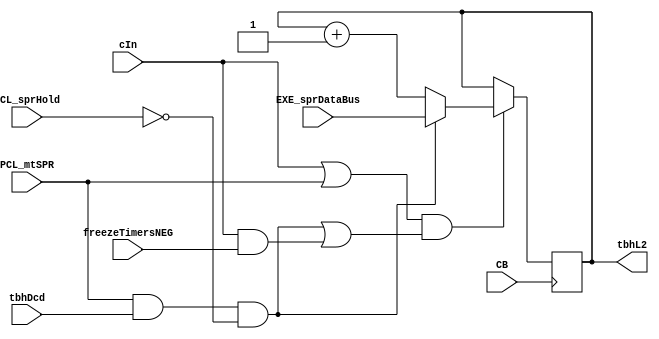
// 
// ************************************************************************** 
// 
//  Copyright (c) International Business Machines Corporation, 2005. 
// 
//  This file contains trade secrets and other proprietary and confidential 
//  information of International Business Machines Corporation which are 
//  protected by copyright and other intellectual property rights and shall 
//  not be reproduced, transferred to other documents, disclosed to others, 
//  or used for any purpose except as specifically authorized in writing by 
//  International Business Machines Corporation. This notice must be 
//  contained as part of this text at all times. 
// 
// ************************************************************************** 
//

module p405s_timerTbh( 
                      tbhL2, 
                      CB, 
                      EXE_sprDataBus, 
                      PCL_mtSPR, 
                      PCL_sprHold, 
                      cIn,
                      freezeTimersNEG, 
                      tbhDcd          
                      );


input  PCL_mtSPR; 
input  PCL_sprHold; 
input  cIn; 
input  freezeTimersNEG; 
input  tbhDcd;

output [0:31]  tbhL2;


input CB;
input [0:31]  EXE_sprDataBus;

// Buses in the design
wire  [0:31]  inc;
wire tbhE1;
wire tbhE2;
wire sprDataSel;
reg [0:31]  tbhL2_i;
wire [0:31]  tbhL2;

assign tbhL2 = tbhL2_i;
//timerTbhInc tbhInc(inc[0:31], tbhL2[0:31]);
assign inc = tbhL2_i + 1;

// Removed the module dp_regTIM_timerTbh 
   always @(posedge CB)  	
    begin				  	
    if (tbhE1 && tbhE2)		
      if (~sprDataSel)			
         tbhL2_i <= inc;	
      else
         tbhL2_i <= EXE_sprDataBus;	
   end			 		
// Removed the module timerTbhEqs 
// pick the spr side of the mux only when mtspr actually happens,
// default to the incrementer side of the mux.
assign sprDataSel = PCL_mtSPR & tbhDcd & ~PCL_sprHold;

// Enable the L1 for HW inc or mtspr.
assign tbhE1 = cIn | PCL_mtSPR;

// Block C2 if pipe hold, but allow HW inc to override.
assign tbhE2 = (PCL_mtSPR & tbhDcd & ~PCL_sprHold) | (cIn & freezeTimersNEG);

endmodule